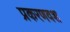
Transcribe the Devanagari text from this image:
प्रकरणवश